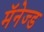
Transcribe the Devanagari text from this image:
मॅनेज्ड